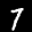
Label: 7